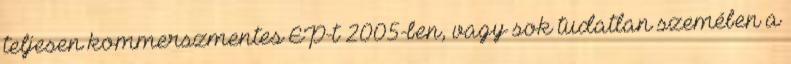
teljesen kommerszmentes EP-t 2005-ben, vagy sok tudatlan szemében a